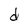
Character: d